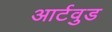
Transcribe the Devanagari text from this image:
आर्टवुड